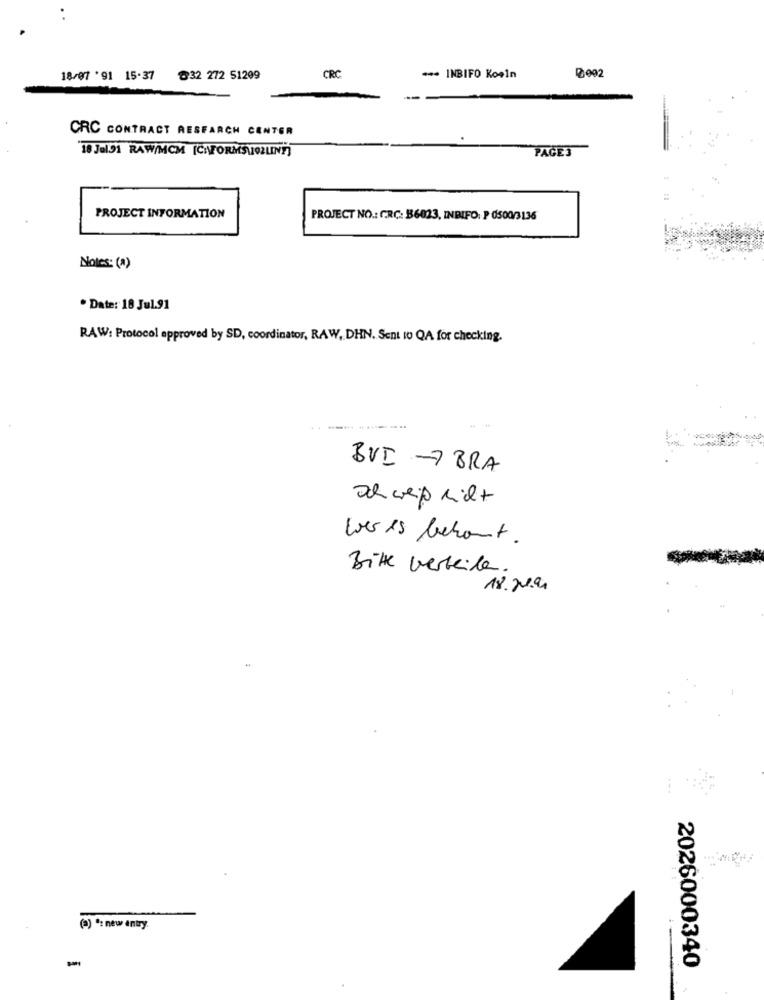
18/07 '91 15.37
32 272 51209
CRC
--- INBIFO Koeln
CRC CONTRACT RESEARCH CENTER
18 Jel91 RAW/MCM [CHFORMSLO2LINY]
PAGE3
PROJECT INFORMATION
PROJECT NO .: CRC: B6023, INBIFO: P 0500/3136
Notes: (A)
. Date: 18 Jul.91
RAW: Protocol approved by SD, coordinator, RAW, DHN. Sent To QA for checking.
.----- -------
BVI -7 BRA
Och weiß nicht
wer es behaut.
Bitte verteile.
18. Je.
(2) *: new entry.
-
2026000340